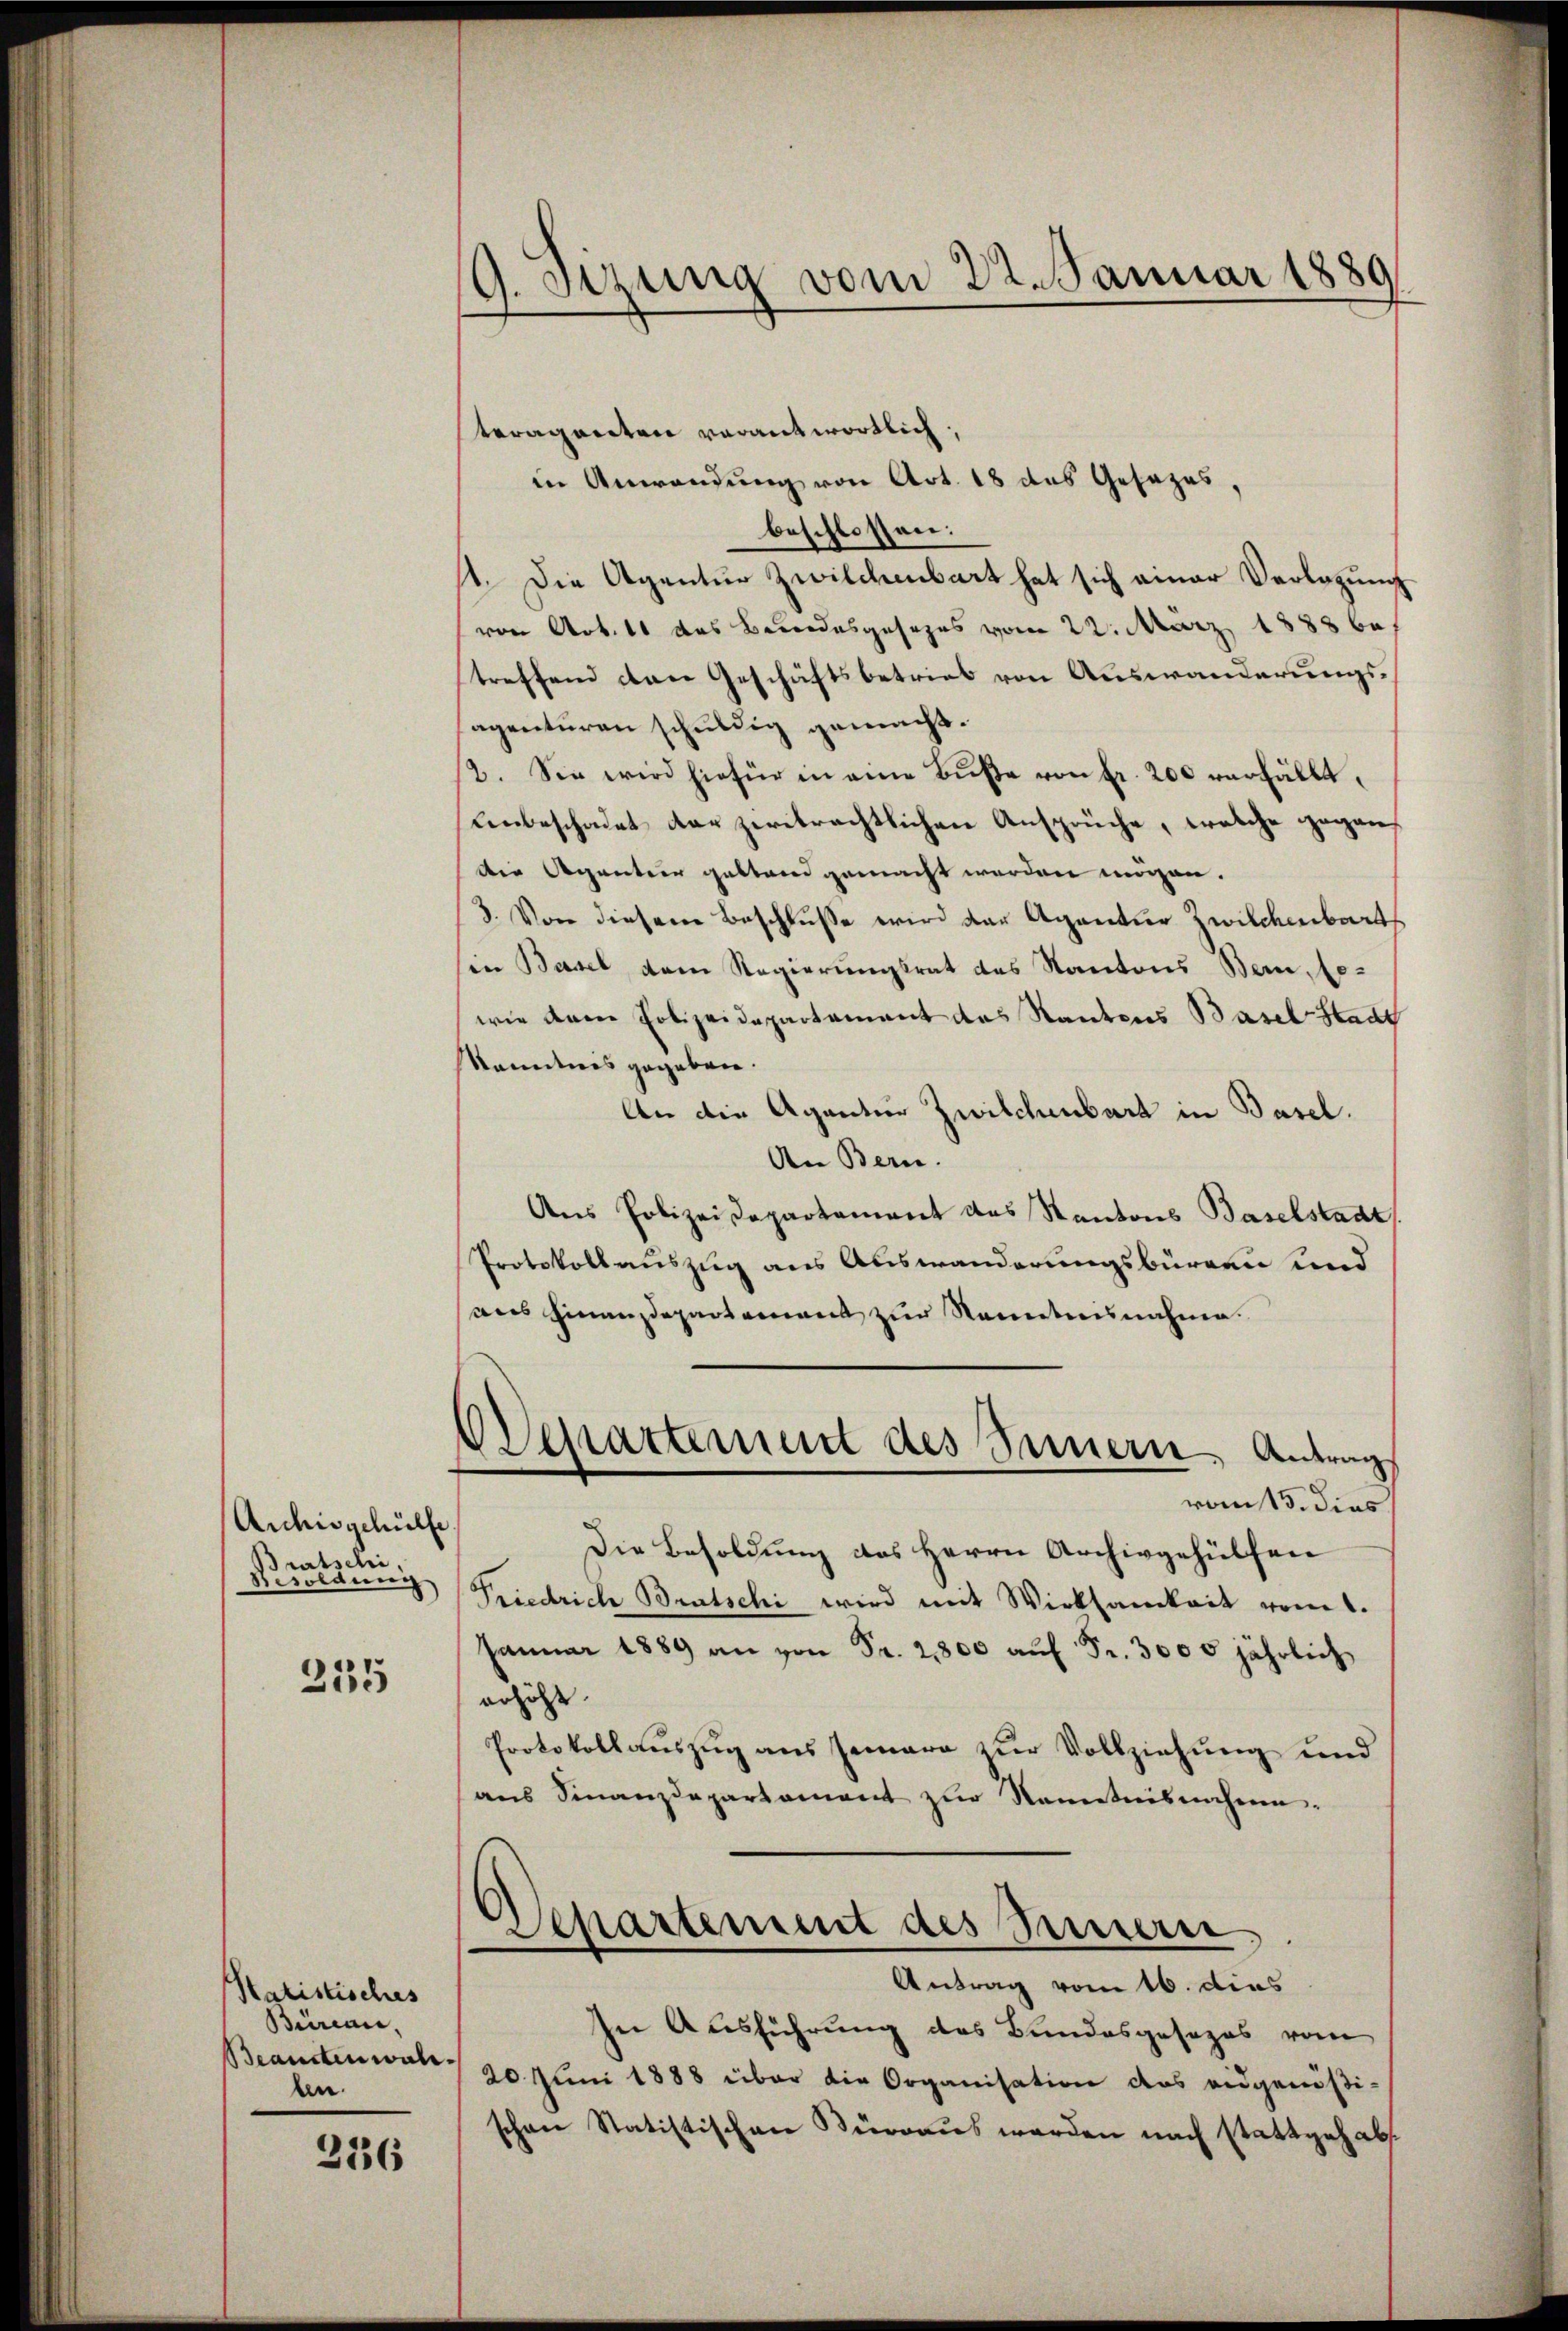
Aichisschülfe,
Bratschi
Besoldung

235

Satistisches
Büreau,
Beanten walben.

236

9. Sitzung vom 22. Januar 1880

teraganten verantwortlich,
in Anwendung von Art. 18 des Gesetzes,
beschlossen:
1. Die Agentur Zwilchenbart hat sich einer Verlegung
von Art. 11 das Bundesgesezes vom 22. März 18886.
treffend das Geschäftsbetrieb von Auswanderungsagenturen schuldig gemacht.
2. Sie wird hiefür in eine Bŭβe von Fr. 200 verfällt.
Lnbeschadet der zeiträchtlichen Ansprüche, welche gegandie Agentur geltend gemacht werden mögen.
3. Von diesem Beschlŭsse wird der Agantier Zwildenbart
sie Basel dem Regierungsrat des Kantons Bern, be-
wie dem Polizeidepartement des Raubens Basel Stadt
Kenntnis gegeben.
An die Agentier Zwilchenbart in Basel.
An Bern.
Aus Polizeidepartement des Kantons Baselstadt
Protokollauszug aus Auswanderungsbürgen und
aus Finanzdepartement zur Kenntnisnahme.
Departement des Innern Antrag
vom 15. dies
Die Besoldung des Herrn Archivgehülfen
Friedrich Brutschi wird mit Wirksamkeit vom 1.
Januar 1889 an von Fr. 2800 aŭf Fr. 3000 jährlich
erhöht.
Protokollauszug aus semara zur Vollziehung und
ans Finanzdepartament zŭr Nanetnisnahme.
Departement des Innern
Antrag vom 16. dies
In Ausführung des Bundesgesezes vom
20 Juni 1888 über die Organisation das eidgenößischen Statistischen Kürraus werden nach stattgehab